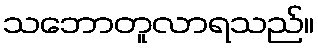
သဘောတူလာရသည်။